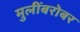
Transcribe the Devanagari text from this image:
मुलींबरोबर